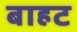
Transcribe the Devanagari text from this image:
बाहट